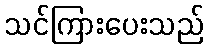
သင်ကြားပေးသည်